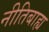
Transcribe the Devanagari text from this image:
नीतिबाह्य